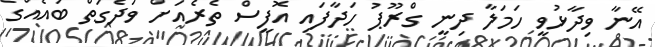
އޭނާ ވިދާޅުވީ ހަމަލާ ދިނީ ގްރޫޕު ހަދާފައި އޮފީސް ތެރެއަށް ވަދެގަތް ބައެއްގެ